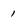
Character: 1